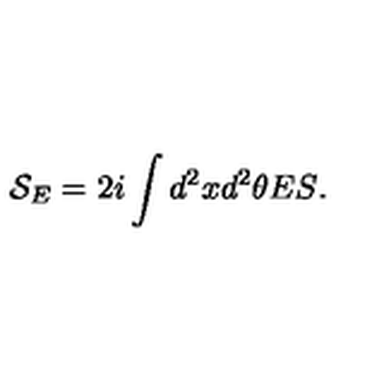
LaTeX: { \mathcal { S } } _ { E } = 2 i \int { d ^ { 2 } x d ^ { 2 } \theta E S } .